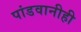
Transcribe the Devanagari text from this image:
पांडवानीही